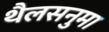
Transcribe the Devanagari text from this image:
थैलसनुमा